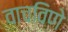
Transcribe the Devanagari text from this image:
वाचविणे